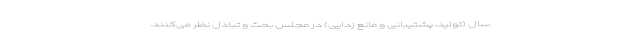
سال (تولید، پشتیبانی و مانع زدایی) در مجلس بحث و تبادل نظر می‌کنند.